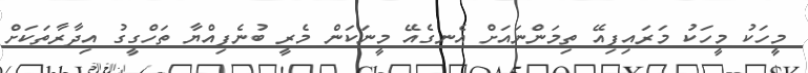
މީހަކު މީހަކު މަރައިފިއޭ ތިމަންނައަށް އެނގެއޭ މީނަކަން މެރީ ބުނެފިއްޔާ ތަހްގީގު އިދާރާތަކަށް